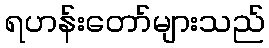
ရဟန်းတော်များသည်